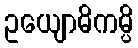
ဥယျောဓိကမ္ပိ